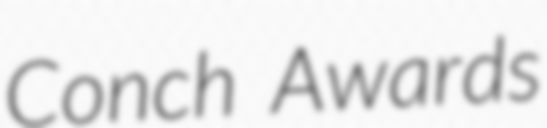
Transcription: Conch Awards